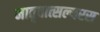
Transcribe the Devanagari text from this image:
मातृवात्सल्यरस